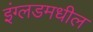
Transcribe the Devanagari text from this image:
इंग्लडमधील